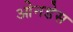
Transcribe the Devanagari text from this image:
ओनडेस